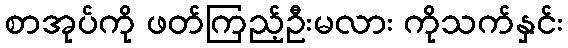
စာအုပ်ကို ဖတ်ကြည့်ဦးမလား ကိုသက်နှင်း